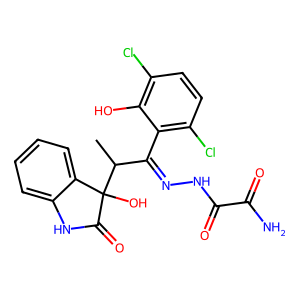
SMILES: CC(C(=NNC(=O)C(N)=O)c1c(Cl)ccc(Cl)c1O)C1(O)C(=O)Nc2ccccc21
Inhibits HIV replication: No